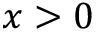
x > 0